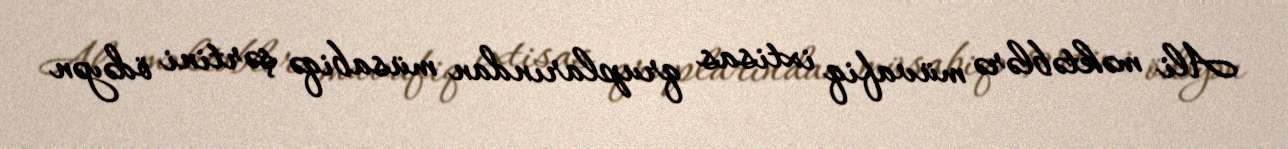
Ali məktəblərə müvafiq ixtisas qruplarından müsabiqə şərtini ödəyən